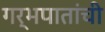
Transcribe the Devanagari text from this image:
गर्भपातांची